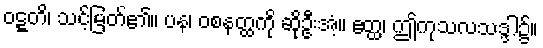
ဝဋ္ဋတိ၊ သင့်မြတ်၏။ ပန၊ ဝစနတ္ထကို ဆိုဦးအံ့။ ဧတ္ထ၊ ဤကုသလသဒ္ဒါ၌။